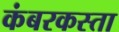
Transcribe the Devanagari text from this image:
कंबरकस्ता